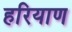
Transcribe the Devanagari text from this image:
हरियाण